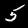
Digit: 5